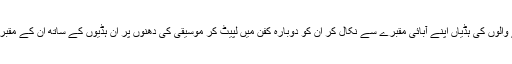
لہذا وہ ہر سات سال بعد مرنے والوں کی ہڈیاں اپنے آبائی مقبرے سے نکال کر ان کو دوبارہ کفن میں لپیٹ کر موسیقی کی دھنوں پر ان ہڈیوں کے ساتھ ان کے مقبرے کے گرد رقص کرتے ہیں۔